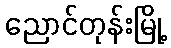
ညောင်တုန်းမြို့